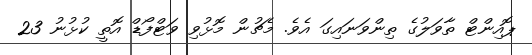
ޕޮއިންޓް ތާވަލުގެ ތިންވަނައިގަ އެވެ. މެޗުން މޮޅުވި ވަޓްފޯޑް އޮތީ ކުޅުނު 23